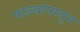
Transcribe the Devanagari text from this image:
फळ्यांपासून